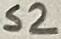
Text: S2